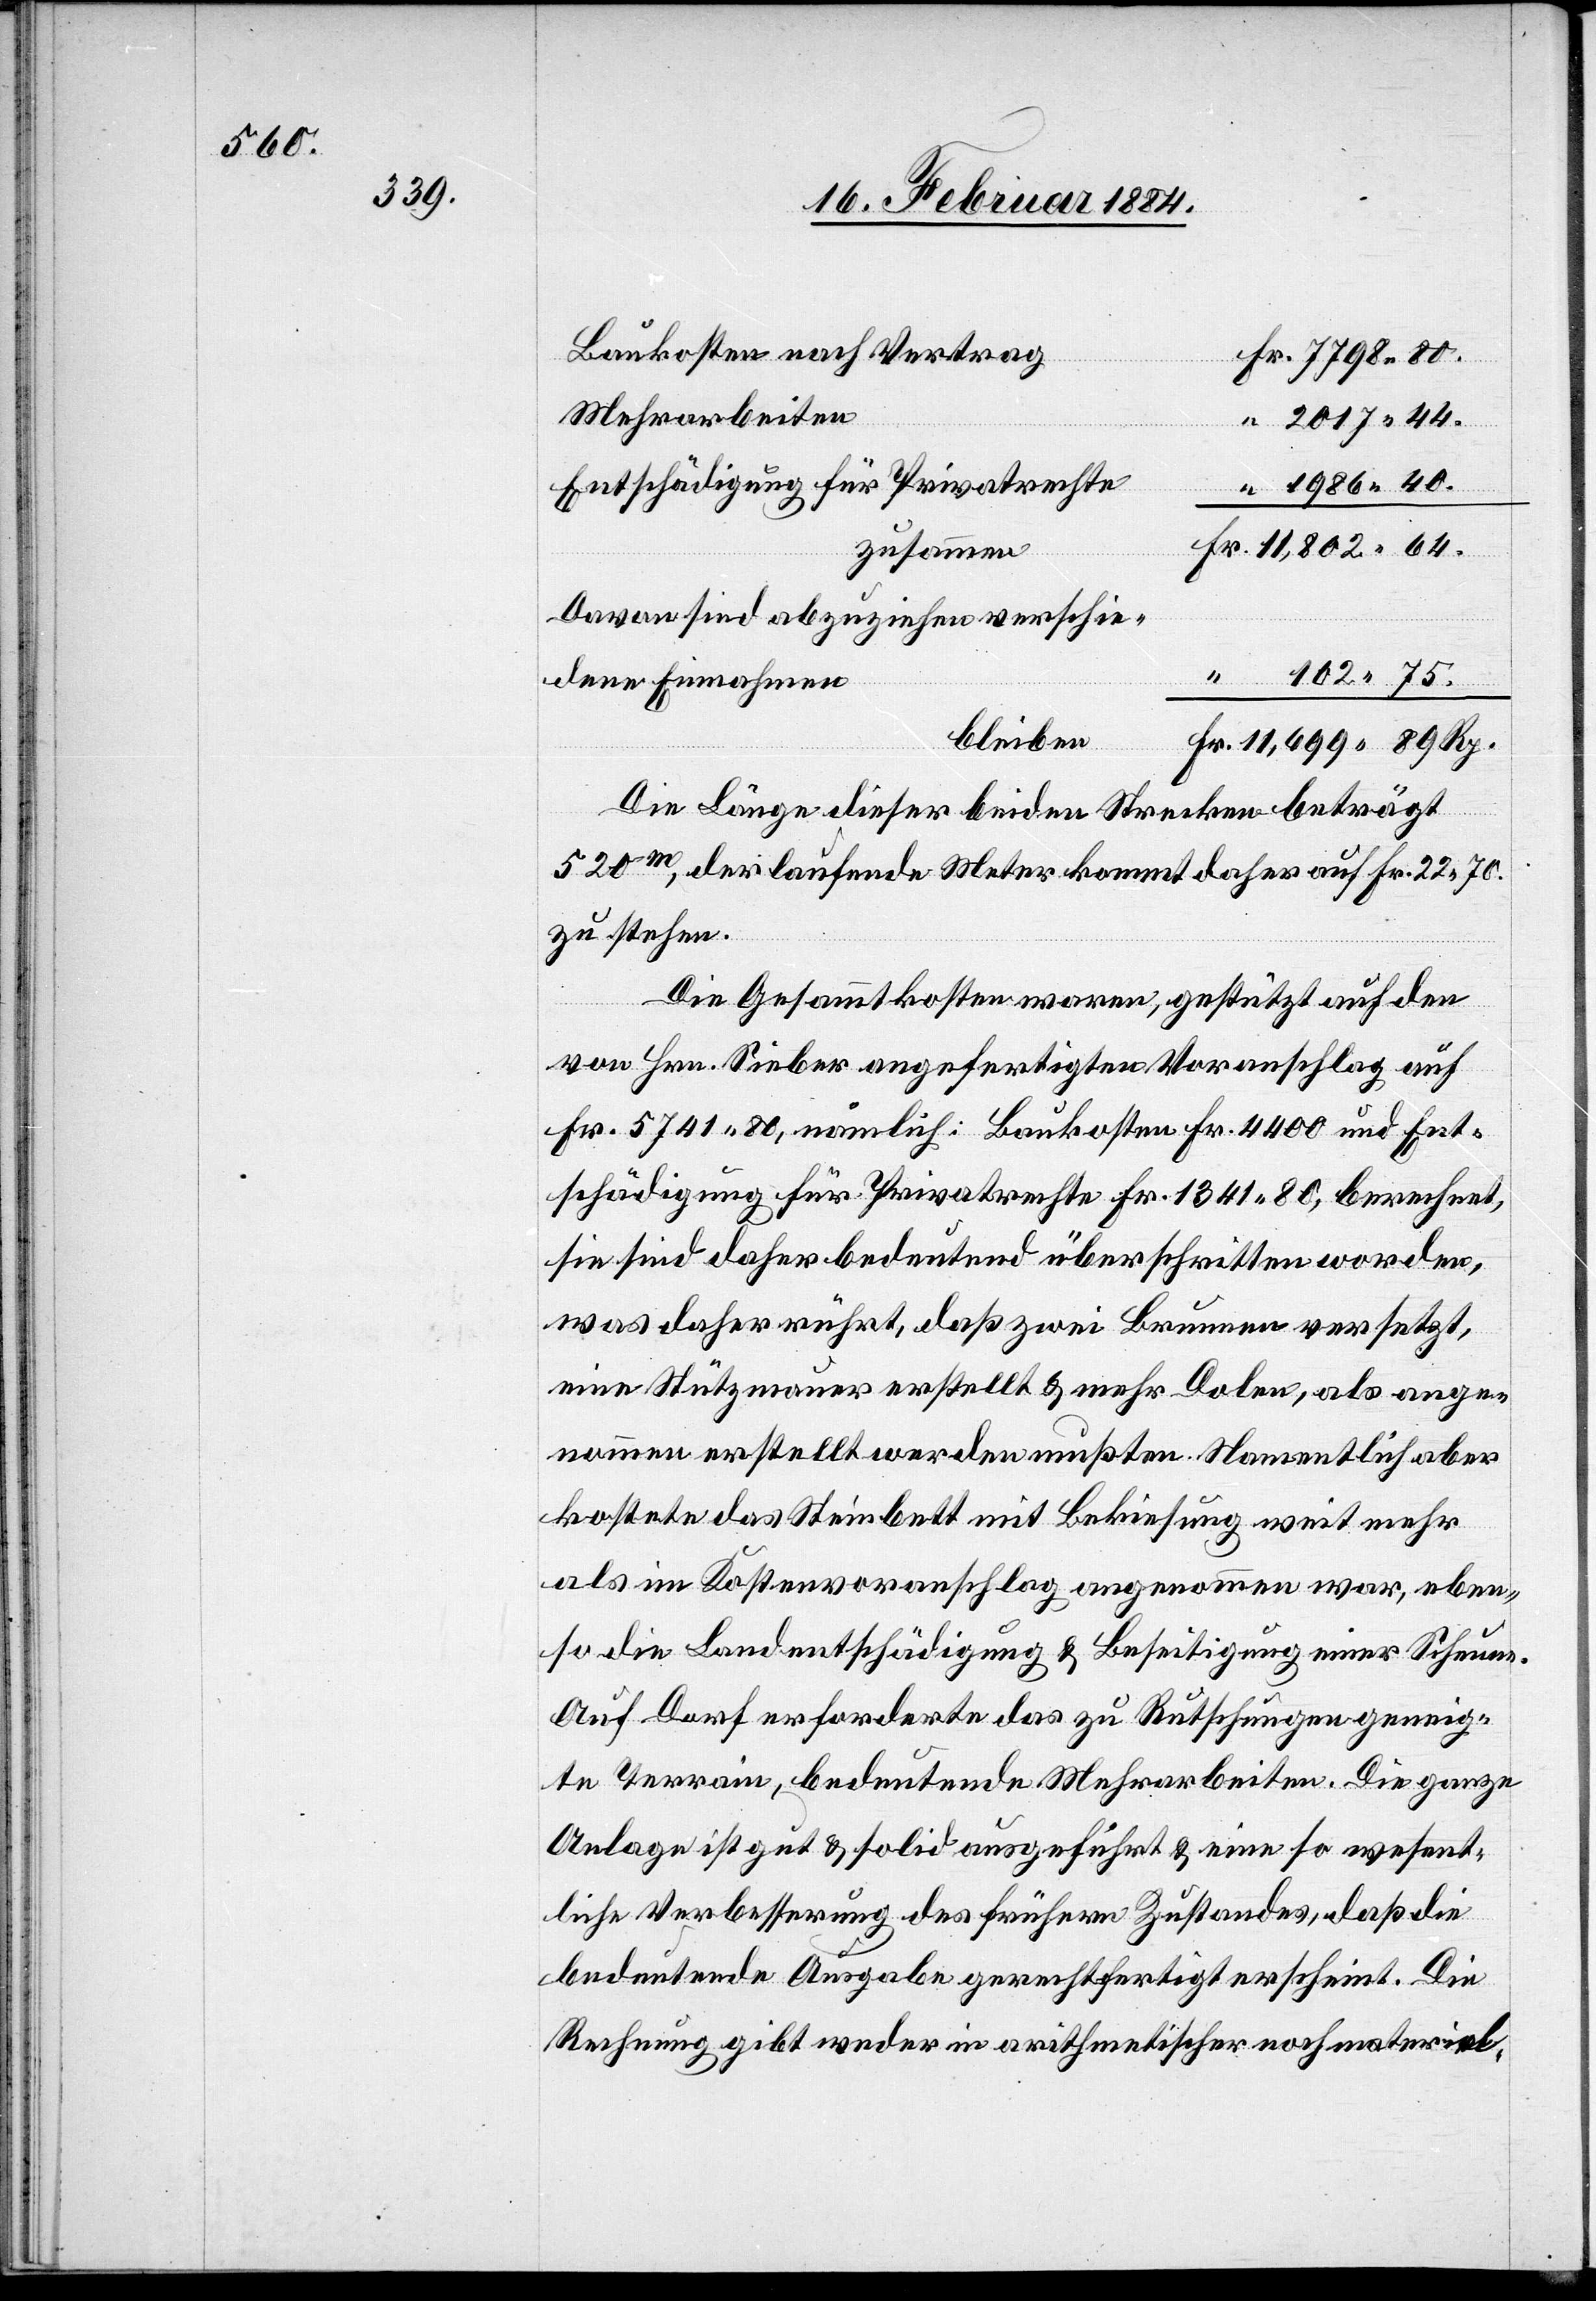
Baukosten nach Vertrag
Mehrarbeiten
2017 44.
“
1986 40.
Entschädigung für Privatrechte
zusammen
Davon sind abzuziehen verschie¬
102 75.
dene Einnahmen
bleiben
Die Länge dieser beiden Strecken beträgt
520m, der laufende Meter kommt daher auf Fr. 22 70
zu stehen.
Rp.
Die Gesammtkosten waren, gestützt auf den
von Hr. Sieber angefertigten Voranschlag auf
Fr. 5741 80, nämlich: Baukosten Fr. 4400 und Ent¬
schädigung für Privatrechte Fr. 1341 80, berechnet,
sie sind daher bedeutend überschritten worden,
was daher rührt, daß zwei Brunnen versetzt,
eine Stützmauer erstellt & mehr Dolen, als ange¬
nommen erstellt werden mußten. Namentlich aber
kostete das Steinbett mit Bekiesung weit mehr
als im Kostenvoranschlag angenommen war, eben¬
so die Landentschädigung & Beseitigung einer Scheune.
Auf Dorf erforderte das zu Rutschungen geneig¬
te Terrain bedeutende Mehrarbeiten. Die ganze
Anlage ist gut & solid ausgeführt & eine so wesent¬
liche Verbesserung des frühern Zustandes, daß die
bedeutende Ausgabe gerechtfertigt erscheint. Die
Rechnung gibt weder in arithmetischer noch materiel-